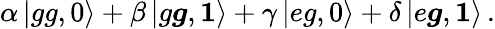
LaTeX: \alpha\left|gg,0\right\rangle+\beta\left|g\boldsymbol{g},\boldsymbol{1}\right\rangle+\gamma\left|eg,0\right\rangle+\delta\left|e\boldsymbol{g},\boldsymbol{1}\right\rangle\, .